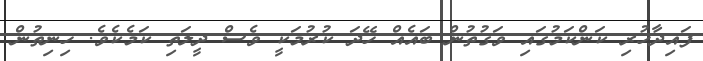
ފައިދާހުރި ކަންކަމުގައި ވަގުތުން ބައެއް ހޭދަ ކުރުމަކީ ވެސް ދީލަތި ކަމެކެވެ. ހިނިތުން